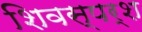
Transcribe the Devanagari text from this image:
शिवस्पर्श